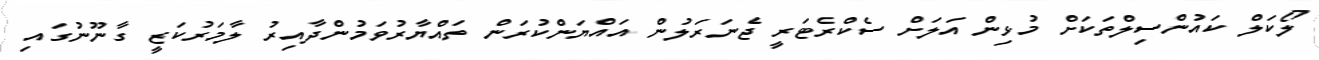
ލޯކަލް ކައުންސިލްތަކަށް މުޅިން އަލަށް ސެކްރެޓަރީ ޖެނަރަލުން އައްޔަންކުރަން ތައްޔާރުވަމުންދާއިރު ލާމަރުކަޒީ ގާނޫނުގައި